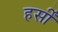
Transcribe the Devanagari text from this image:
हर्सीं